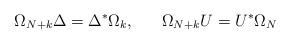
LaTeX: \begin{align*}\Omega_{N+k} \Delta = \Delta^{*} \Omega_k, ~~~~~ \Omega_{N+k} U=U^{*} \Omega_N\end{align*}